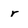
Character: r